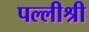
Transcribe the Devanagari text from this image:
पल्लीश्री